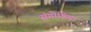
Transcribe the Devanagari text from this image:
संगोष्ठिया